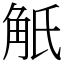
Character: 觗